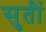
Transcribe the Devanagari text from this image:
सुतीं